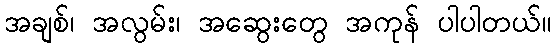
အချစ်၊ အလွမ်း၊ အဆွေးတွေ အကုန် ပါပါတယ်။